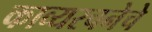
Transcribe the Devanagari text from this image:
काव्यरचनेचे